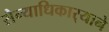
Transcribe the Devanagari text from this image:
सैन्याधिकार्‍याने